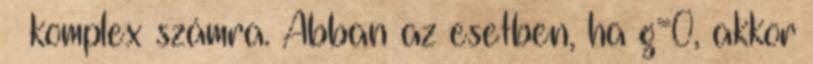
α komplex számra. Abban az esetben, ha g=0, akkor